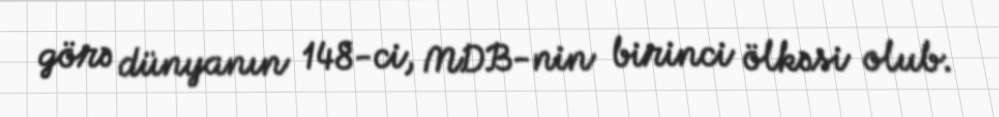
görə dünyanın 148-ci, MDB-nin birinci ölkəsi olub.